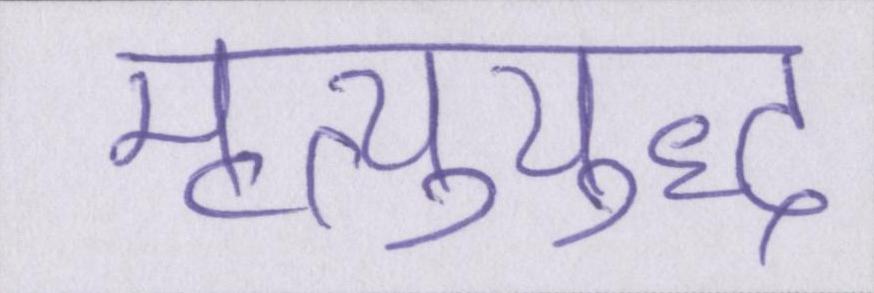
मृत्युयुद्ध